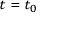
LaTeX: \scriptstyle t \; = \; t _ { 0 }